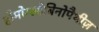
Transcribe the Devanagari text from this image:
हीमोग्लोबिनोपैथीज़